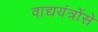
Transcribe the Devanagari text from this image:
वाद्ययंत्रोंसे